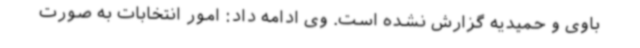
باوی و حمیدیه گزارش نشده است. وی ادامه داد: امور انتخابات به صورت